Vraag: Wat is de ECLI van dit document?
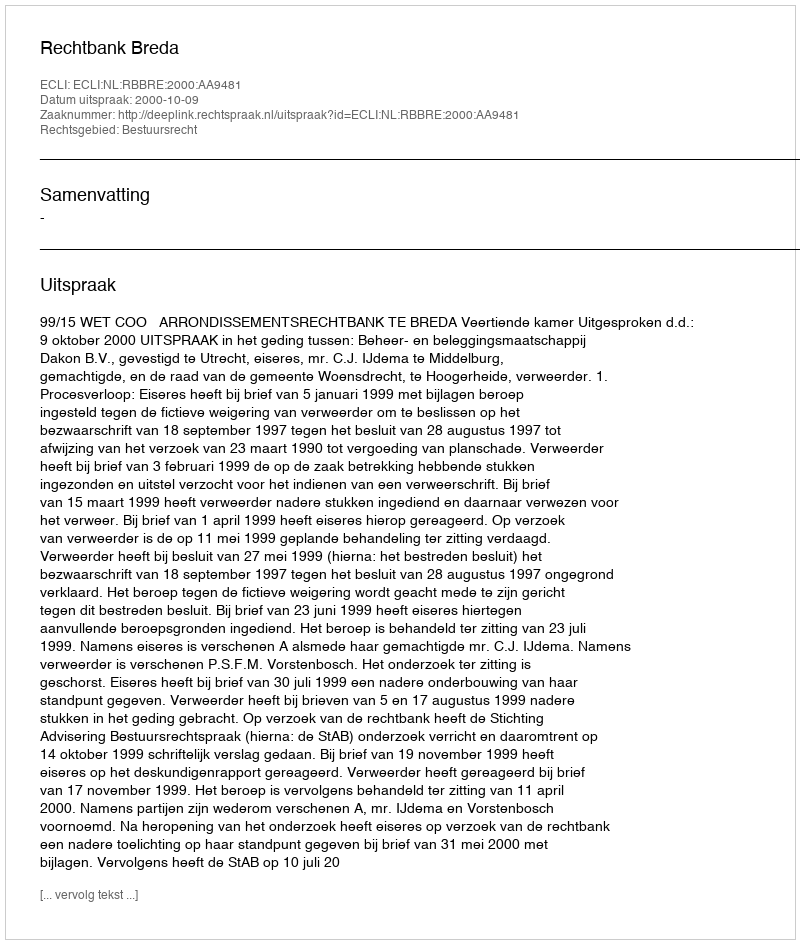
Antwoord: ECLI:NL:RBBRE:2000:AA9481